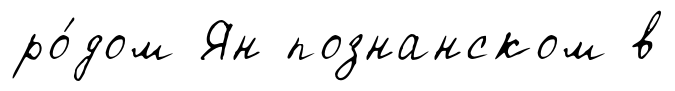
ро́дом Ян познанском в